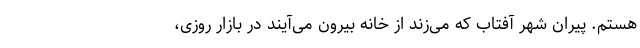
هستم. پیران شهر آفتاب که می‌زند از خانه بیرون می‌آیند در بازار روزی،